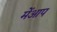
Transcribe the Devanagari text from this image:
मेंआप